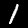
Digit: 1